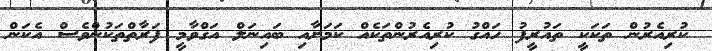
ކުރިއެރުން ތަކަކީ ތައުރީފު ހައްގު ކުރިއެރުންތަކެއް ކަމަށާއި ބައިނަލް އަގްވާމީ ފަރާތްތަކުންވެސް އެކަން